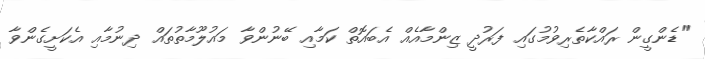
"ޑެންގީން ރައްކާތެރިވުމުގައި ފަރުދީ ޒިންމާއެއް އެބައޮތް ކަމާއި ބޭނުންވާ މައުލޫމާތުތައް ދިނުމާއި އެކަށީގެންވާ